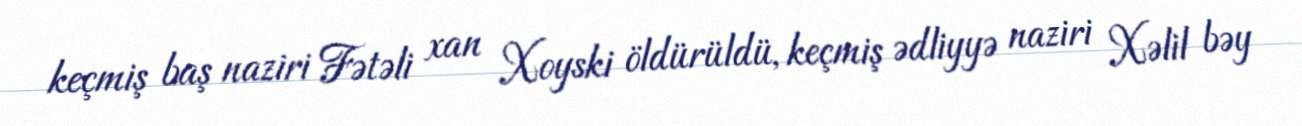
keçmiş baş naziri Fətəli xan Xoyski öldürüldü, keçmiş ədliyyə naziri Xəlil bəy